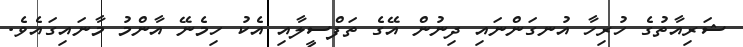
ޝަރިއާތުގެ ހުރިހާ އުނގަންނައި ދިނުން އޭގެ ތަފްސީލާއި އެކު ހިމެނޭ އާންމު މާނައިގައެވެ.